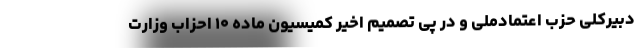
دبیرکلی حزب اعتمادملی و در پی تصمیم اخیر کمیسیون ماده ۱۰ احزاب وزارت